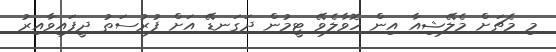
މި މެޗަށް މެލޭޝިއާ އިން ހޮވާލެވޭ ޓީމުން ދަގަނޑޭ އަށް ފުރުސަތު ދީފައިވާއިރު